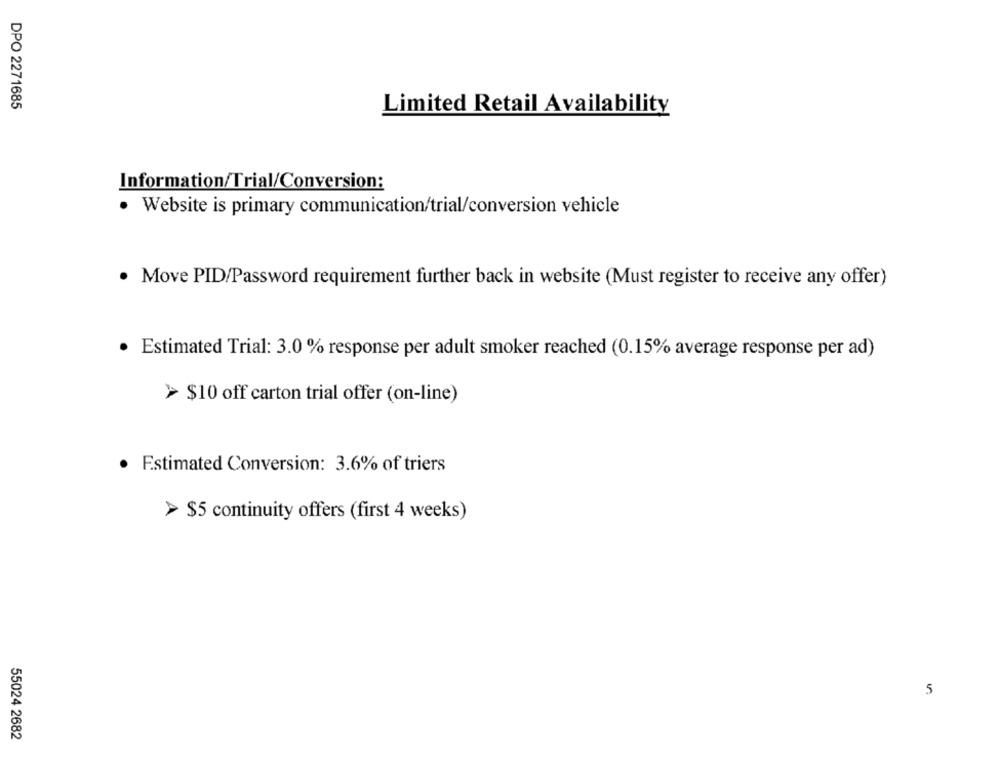
DPO 2271685
Limited Retail Availability
Information/Trial/Conversion:
· Website is primary communication/trial/conversion vehicle
· Move PID/Password requirement further back in website (Must register to receive any offer)
· Estimated Trial: 3.0 % response per adult smoker reached (0.15% average response per ad)
> $10 off carton trial offer (on-line)
· Estimated Conversion: 3.6% of triers
> $5 continuity offers (first 4 weeks)
5
55024 2682